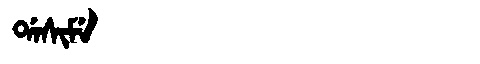
Manchu: ᡩᠠᠰᡳᠮᡝ
Romanization: DASIME